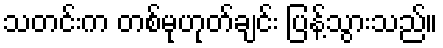
သတင်းက တစ်မုဟုတ်ချင်း ပြန့်သွားသည်။